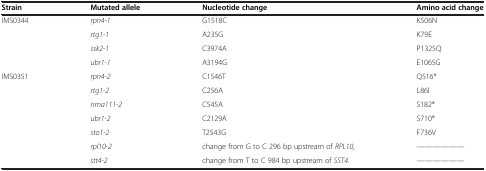
<table><thead><tr><td><b>Strain</b></td><td><b>Mutated allele</b></td><td><b>Nucleotide change</b></td><td><b>Amino acid change</b></td></tr></thead><tbody><tr><td>IMS0344</td><td><i>rpn4-1</i></td><td>G1518C</td><td>K506N</td></tr><tr><td> </td><td><i>rtg1-1</i></td><td>A235G</td><td>K79E</td></tr><tr><td> </td><td><i>ssk2-1</i></td><td>C3974A</td><td>P1325Q</td></tr><tr><td> </td><td><i>ubr1-1</i></td><td>A3194G</td><td>E1065G</td></tr><tr><td>IMS0351</td><td><i>rpn4-2</i></td><td>C1546T</td><td>Q516*</td></tr><tr><td> </td><td><i>rtg1-2</i></td><td>C256A</td><td>L86I</td></tr><tr><td> </td><td><i>nma111-2</i></td><td>C545A</td><td>S182*</td></tr><tr><td> </td><td><i>ubr1-2</i></td><td>C2129A</td><td>S710*</td></tr><tr><td> </td><td><i>sto1-2</i></td><td>T2543G</td><td>F736V</td></tr><tr><td> </td><td><i>rpl10-2</i></td><td>change from G to C 296 bp upstream of <i>RPL10</i>,</td><td>——————</td></tr><tr><td> </td><td><i>stt4-2</i></td><td>change from T to C 984 bp upstream of <i>SST4</i>.</td><td>——————</td></tr></tbody></table>